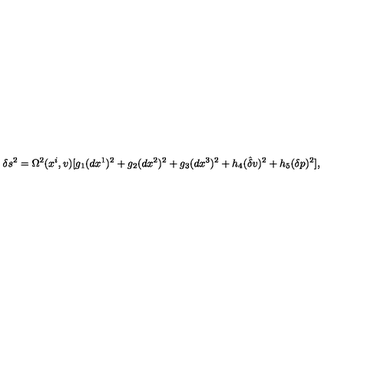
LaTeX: \delta s ^ { 2 } = \Omega ^ { 2 } ( x ^ { i } , v ) [ g _ { 1 } ( d x ^ { 1 } ) ^ { 2 } + g _ { 2 } ( d x ^ { 2 } ) ^ { 2 } + g _ { 3 } ( d x ^ { 3 } ) ^ { 2 } + h _ { 4 } ( \hat { { \delta } } v ) ^ { 2 } + h _ { 5 } ( \delta p ) ^ { 2 } ] ,